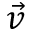
\vec { v }